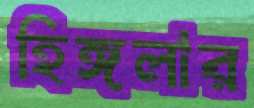
হিঙ্গলার